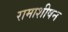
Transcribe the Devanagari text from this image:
रामाशीषन